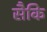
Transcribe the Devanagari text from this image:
सैकि